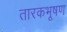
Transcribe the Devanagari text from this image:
तारकभूषण